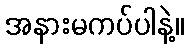
အနားမကပ်ပါနဲ့။